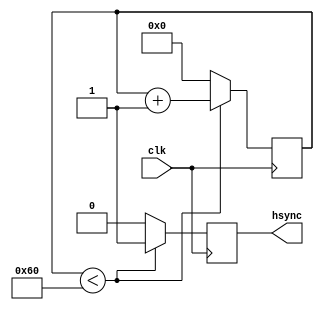
module hsync_generator(
    input wire clk,
    output reg hsync
);

reg [10:0] counter;

always @ (posedge clk) begin
    if (counter < 96) begin
        hsync <= 1;
        counter <= counter + 1;
    end else begin
        hsync <= 0;
        counter <= 0;
    end
end

endmodule